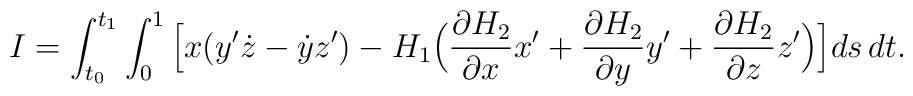
I = \int_{t_0}^{t_1} \int_0^1 \Big[ x (y^{\prime}\dot{z} - \dot{y} z^{\prime})- H_1 \Big( \frac{\partial H_2}{\partial x} x^{\prime}+ \frac{\partial H_2}{\partial y} y^{\prime}+ \frac{\partial H_2}{\partial z} z^{\prime} \Big) \Big] ds \, dt.